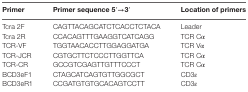
<table><thead><tr><td><b>Primer</b></td><td><b>Primer sequence 5′→3′</b></td><td><b>Location of primers</b></td></tr></thead><tbody><tr><td>Tcra 2F</td><td>CAGTTACAGCATCTCACCTCTACA</td><td>Leader</td></tr><tr><td>Tcra 2R</td><td>CCACAGTTTGAAGGTCATCAGG</td><td>TCR Cα</td></tr><tr><td>TCR-VF</td><td>TGGTAACACCTTGGAGGATGA</td><td>TCR Vα</td></tr><tr><td>TCR-JCR</td><td>CGTGCTTCTCCCTTGGTTCA</td><td>TCR Cα</td></tr><tr><td>TCR-CR</td><td>GCCGTCGAGTTGTTTCCCT</td><td>TCR Cα</td></tr><tr><td>BCD3eF1</td><td>CTAGCATCAGTGTTGGCGCT</td><td>CD3ε</td></tr><tr><td>BCD3eR1</td><td>CCGATGTGTGCACAGTCCTT</td><td>CD3ε</td></tr></tbody></table>